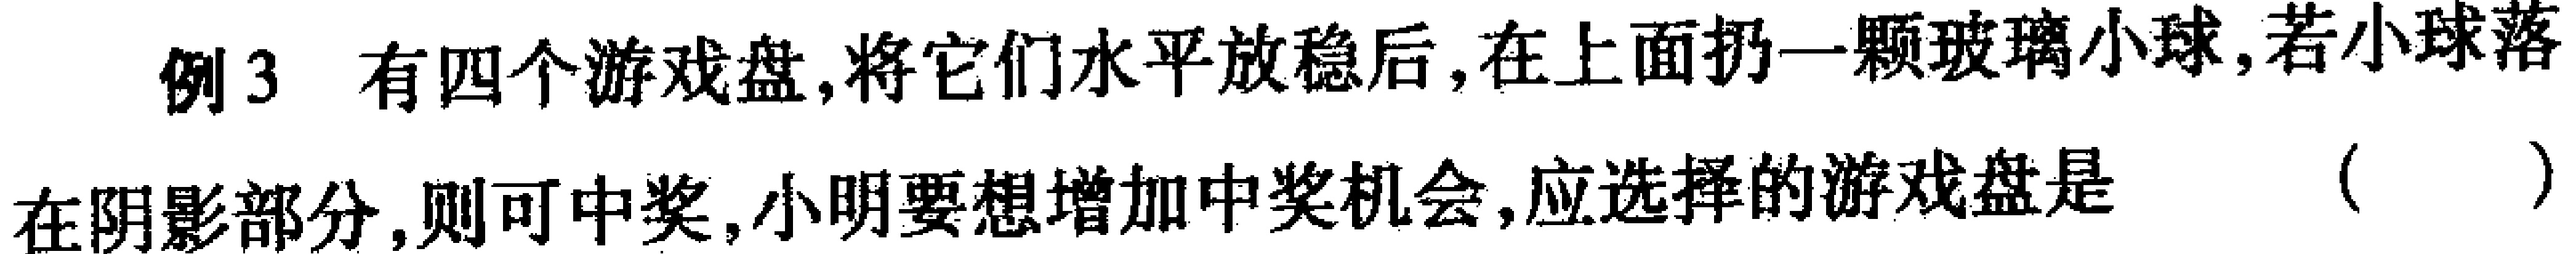
例3 有四个游戏盘,将它们水平放稳后,在上面扔一颗玻璃小球,若小球落在阴影部分,则可中奖,小明要想增加中奖机会,应选择的游戏盘是 （  ）